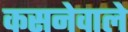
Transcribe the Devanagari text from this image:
कसनेवाले